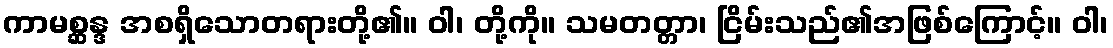
ကာမစ္ဆန္ဒ အစရှိသောတရားတို့၏။ ဝါ၊ တို့ကို။ သမတတ္တာ၊ ငြိမ်းသည်၏အဖြစ်ကြောင့်။ ဝါ၊